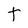
Character: t